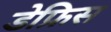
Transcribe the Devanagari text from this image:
डेफ्रिस